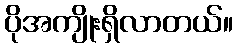
ပိုအကျိုးရှိလာတယ်။